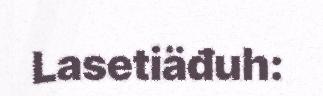
Lasetiäđuh: